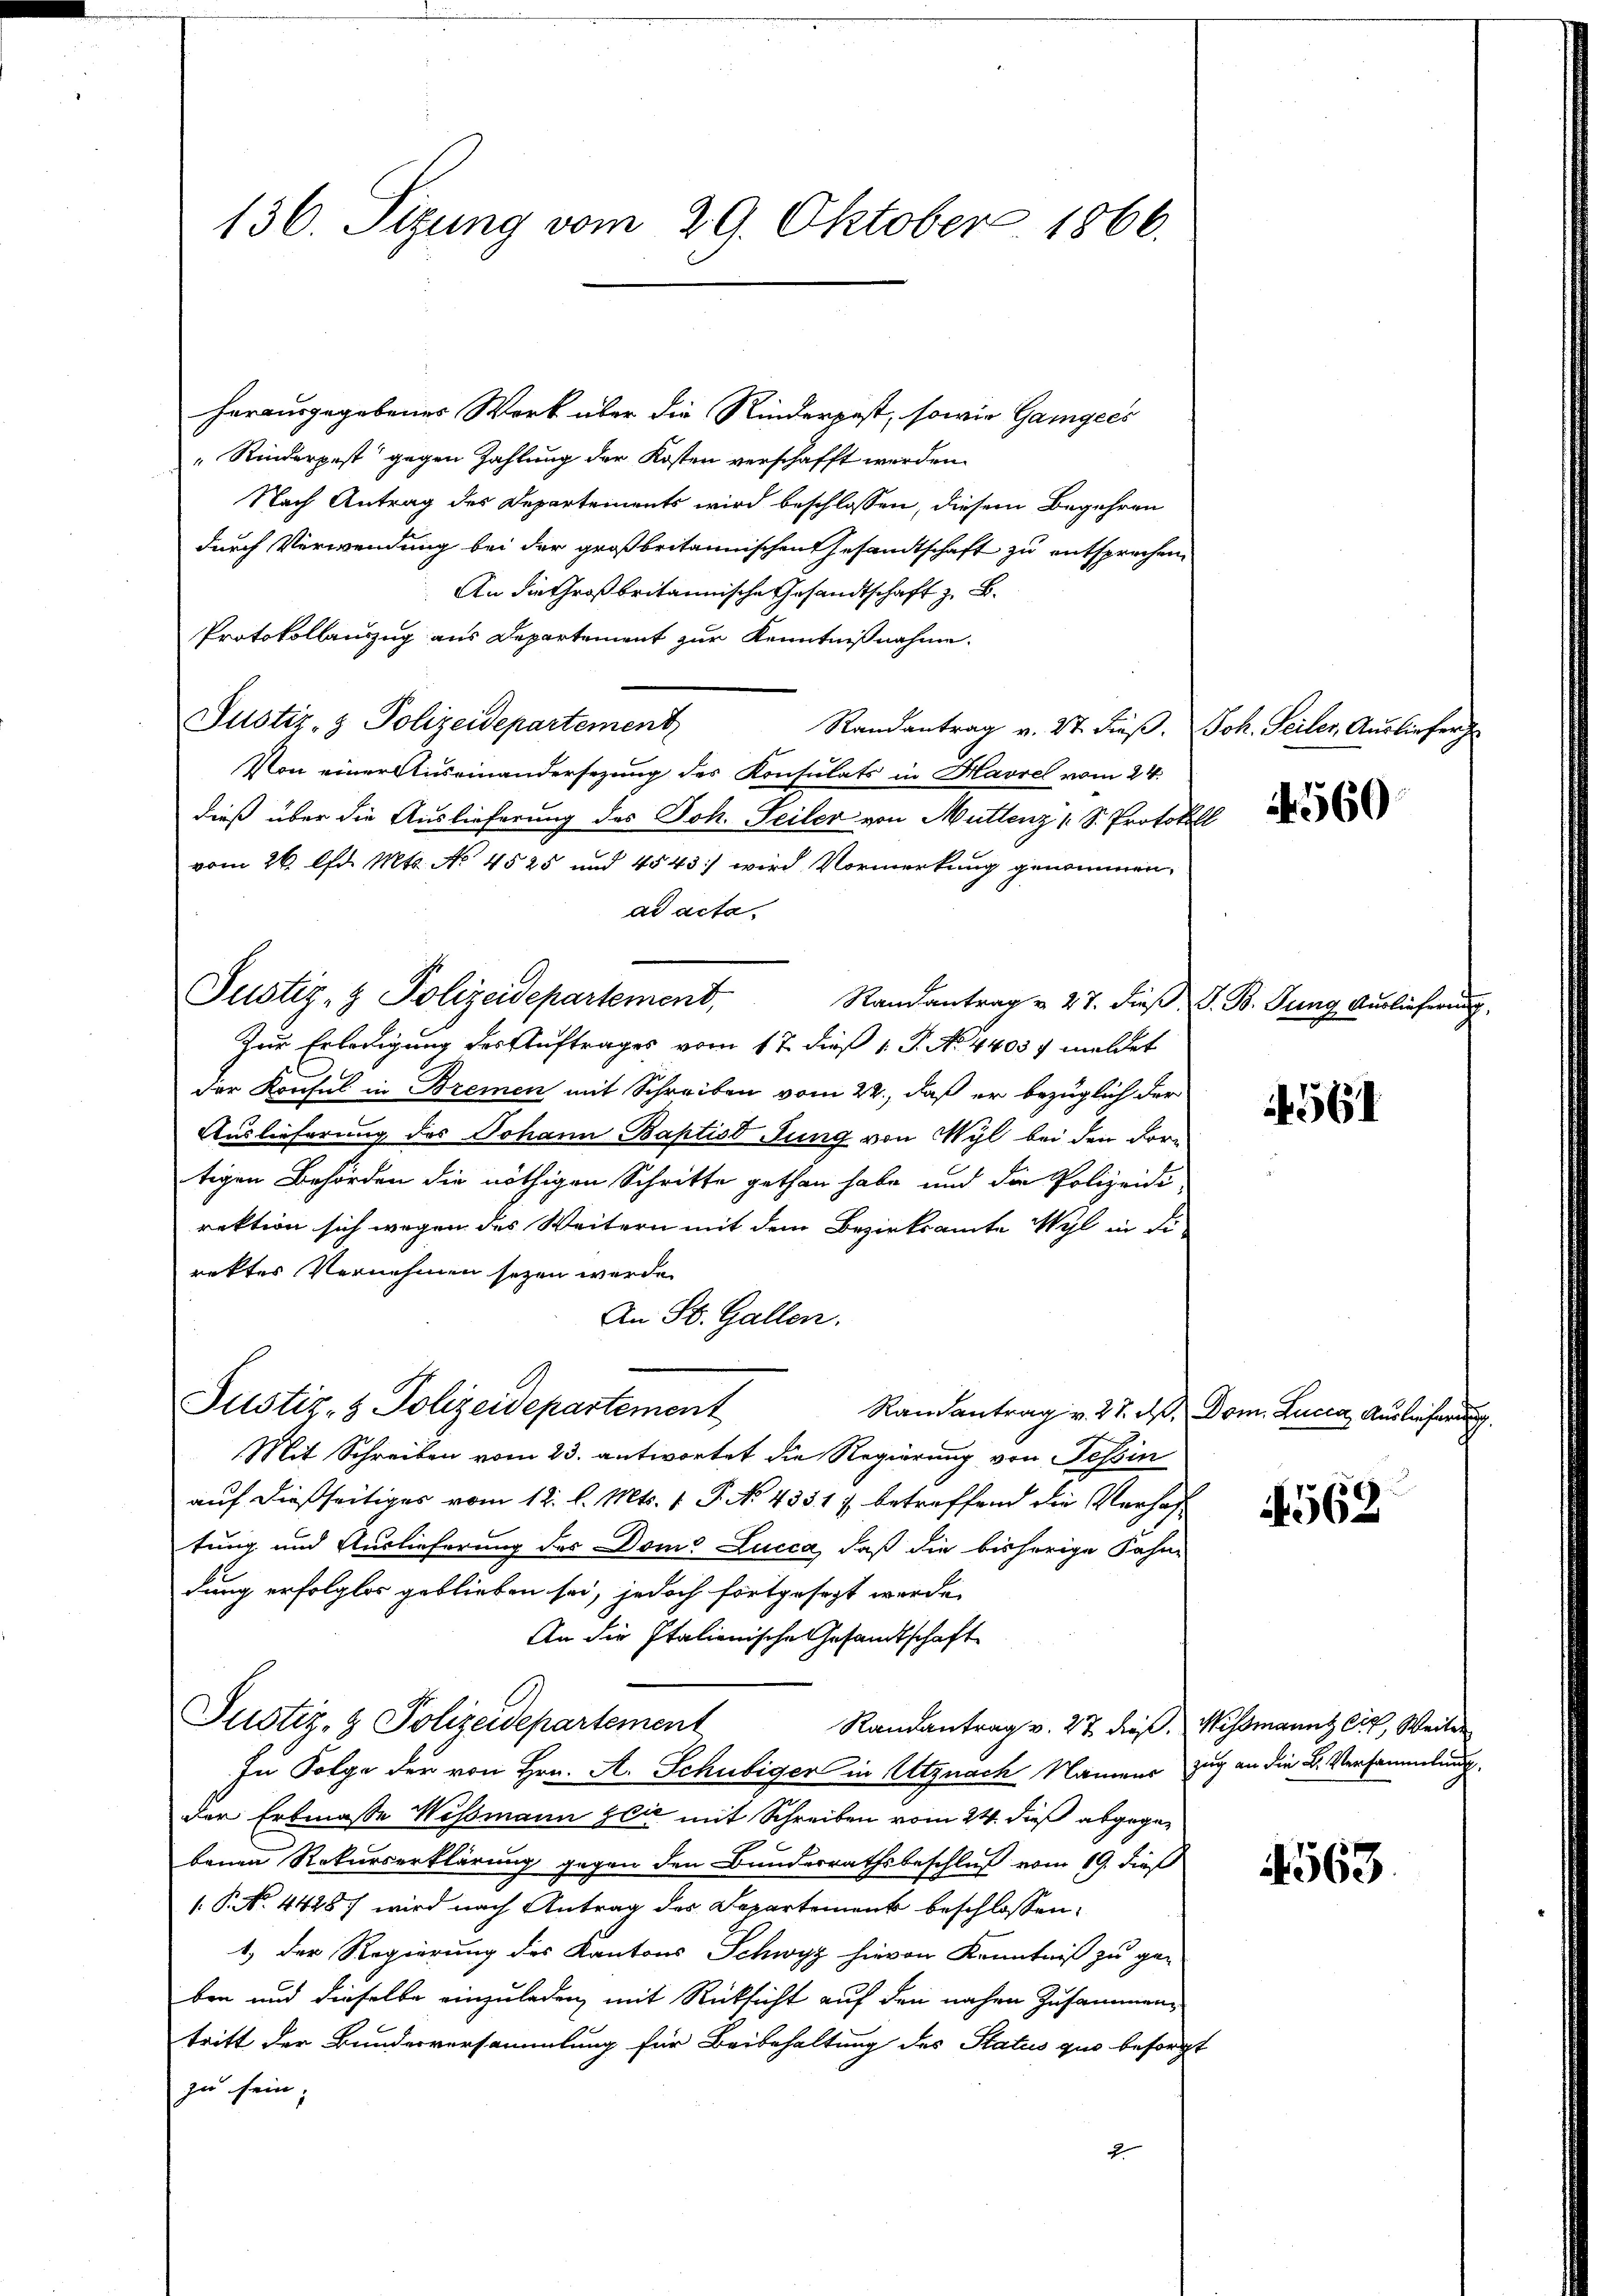
herausgegebenes Werk über die Rinderpest, sowie Gangees
"Rinderpest gegen Zahlung der Kosten verschafft werden.
Nach Antrag der Departements wird beschlossen, diesem Begehren
durch Verwendung bei der großbritannischen Gesandtschaft zu entsprechen
An die Großbritannische Gesandtschaft z. B.
Protokollauszug aus Departement zur Kenntnißnahme.
Justiz- & Polizeidepartement
Randantrag v. 27. dieß. Joh. Seiler, Ausliefer
Von einer Auseinandersezung des Konsulats in Havrel vom 24.
dieß über die Auslieferung des Joh. Seiler von Muttenz 1 S. Protokoll
vom 26. d. Mts. No 4525 und 4543) wird Vormerkung genommen,
ad acta.
Randantrag u. 27. dieß, V. B. Jung Auslieferung,
Zur Erledigung des Auftrages vom 17. dieß 1. J. No. 4403. meldet
der Konsul in Bremen mit Schreiben vom 22., daß er bezüglich der
Auslieferung des Johann Baptis Jung von Wyl bei den dortigen Behörden die nöthigen Schritte gethan habe und die Polizeidi
rektion sich wegen des Weitern mit dem Bezirksamte Wyl in di
rektes Vernehmen seyen werde.
An St. Gallen.
Justiz- & Polizeidepartement
Randantrag v. 27. d. Dom. Lucca, Auslieferung
Mit Schreiben vom 23. antwortet die Regierung von Tessin
auf dießseitiges vom 12. l. Mts. 1. P. No 43517 betreffend die Verhaftung und Auslieferung des Dome Lucca, daß die bisherige Fahne
dung erfolglos geblieben sei, jedoch fortgesezt werde.
An die Italienische Gesandtschaft
Justiz- & Polizeidepartement
Randantrag v. 27 dieß. Wismanns Ei, Weiter
Zu Folge der von Hrn. A. Schubiger in Utznach Namens zug an die B. Versammlung
der Erbmasse Wessmann zeit mit Schreiben vom 24. dieß abgegebenen Rekurserklärung gegen den Bundesrathsbeschluß vom 19. dieß
.P. N. 44487 wird nach Antrag des Departement beschlossen:
1.) Der Regierung des Kantons Schwyz hievon Kenntniß zu ge-
ben und dieselbe einzuladen, mit Rücksicht auf den nahen Zusammentritt der Bundesversammlung für Beibehaltung des Status quo besorgt
zu sein.
2

Justiz- & Polizeidepartement,

136. Sizung vom 29. Oktober 1866.

4560

561

569

563